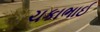
ચકાભાઈ